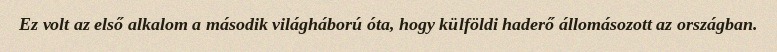
Ez volt az első alkalom a második világháború óta, hogy külföldi haderő állomásozott az országban.